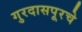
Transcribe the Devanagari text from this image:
गुरदासपूरचे